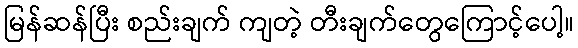
မြန်ဆန်ပြီး စည်းချက် ကျတဲ့ တီးချက်တွေကြောင့်ပေါ့။